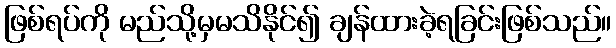
ဖြစ်ရပ်ကို မည်သို့မှမသိနိုင်၍ ချန်ထားခဲ့ရခြင်းဖြစ်သည်။